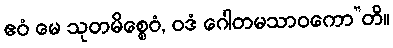
ဧဝံ မေ သုတမိစ္စေဝံ, ဝဒံ ဂေါတမသာဝကော”တိ။